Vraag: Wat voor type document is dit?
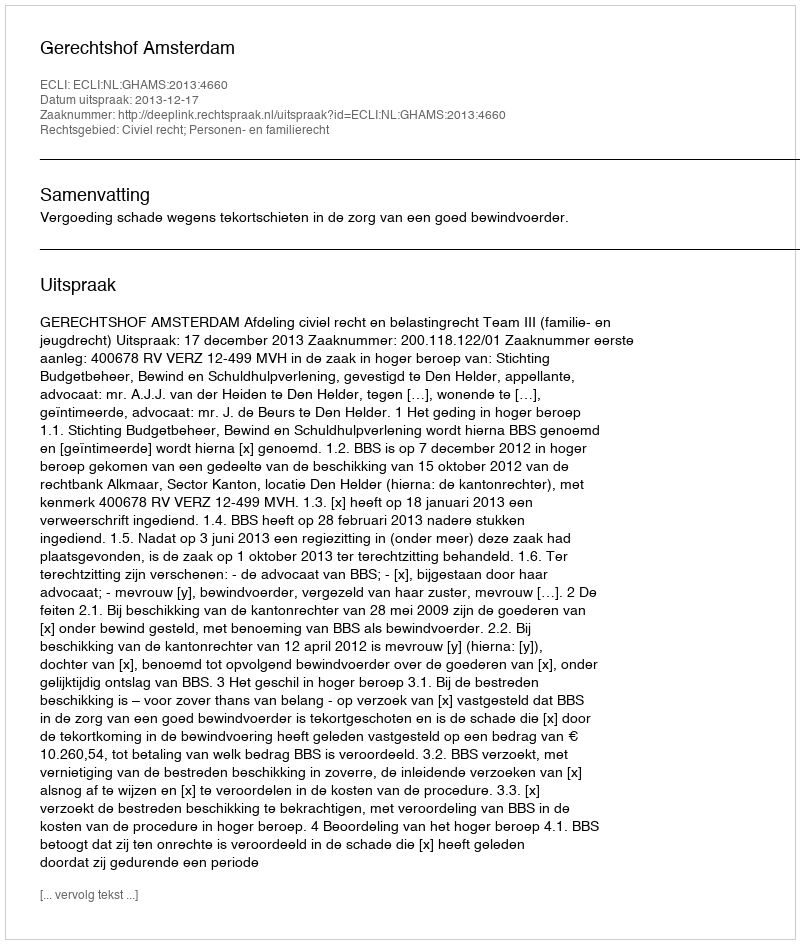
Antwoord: Uitspraak